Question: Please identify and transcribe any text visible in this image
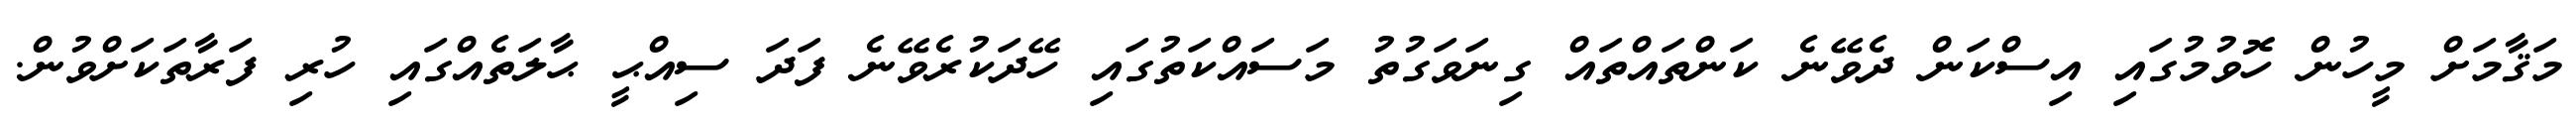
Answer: މަޤާމަށް މީހުން ހޮވުމުގައި އިސްކަން ދެވޭނެ ކަންތައްތައް ގިނަވަގުތު މަސައްކަތުގައި ހޭދަކުރެވޭނެ ފަދަ ސިއްޙީ ޙާލަތެއްގައި ހުރި ފަރާތަކަށްވުން.